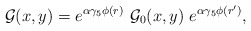
\begin{align*}{\cal G}(x,y)=e^{\alpha \gamma _5\phi (r)}\ {\cal G}_0(x,y)\ e^{\alpha\gamma _5\phi (r^{\prime} )},\end{align*}